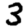
Digit: 3